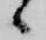
候